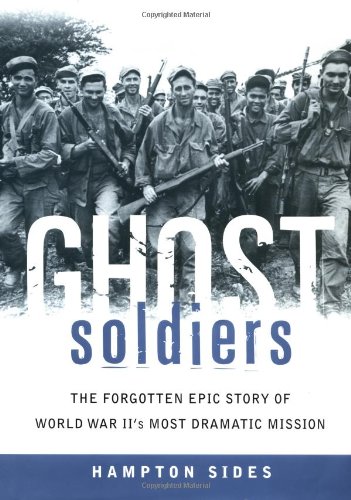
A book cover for Ghost Soldiers: The Forgotten Epic Story of World War II's Most Dramatic Mission; Hampton Sides; History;